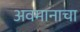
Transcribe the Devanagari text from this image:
अवमानाचा